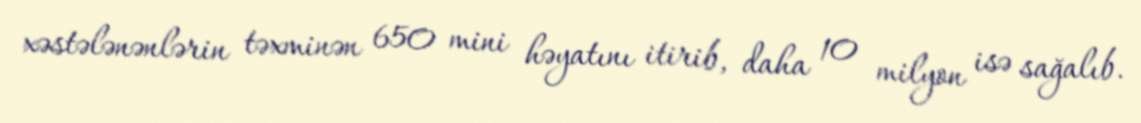
xəstələnənlərin təxminən 650 mini həyatını itirib, daha 10 milyon isə sağalıb.